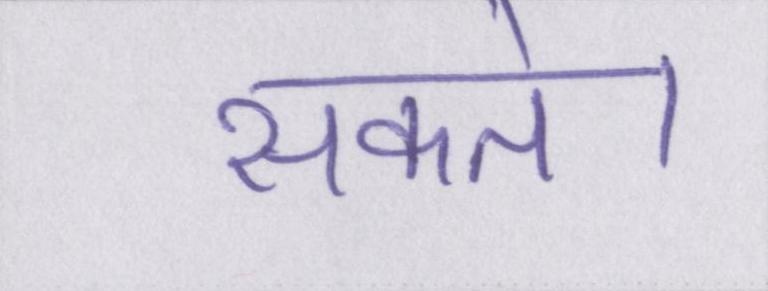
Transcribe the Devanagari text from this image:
सकते।